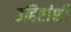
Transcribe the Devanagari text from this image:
उद्दिष्टांशी